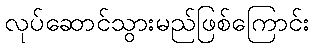
လုပ်ဆောင်သွားမည်ဖြစ်ကြောင်း